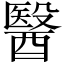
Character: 醫